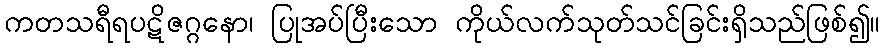
ကတသရီရပဋိဇဂ္ဂနော၊ ပြုအပ်ပြီးသော ကိုယ်လက်သုတ်သင်ခြင်းရှိသည်ဖြစ်၍။